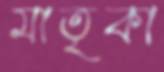
মাতৃকা